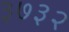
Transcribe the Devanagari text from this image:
३७३२